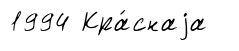
1994 Кра́снаjа